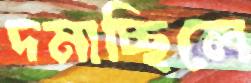
দমাচ্ছিলে